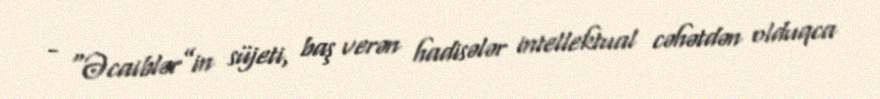
- “Əcaiblər”in süjeti, baş verən hadisələr intellektual cəhətdən olduqca